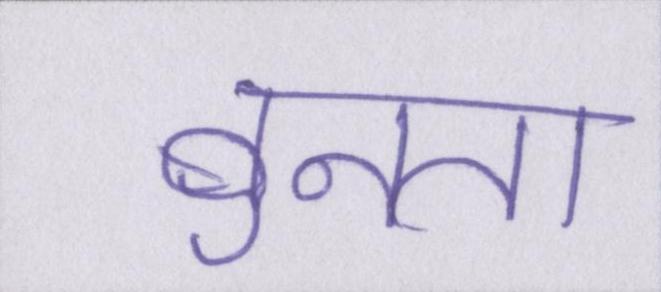
बुनता